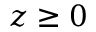
z \geq 0